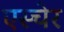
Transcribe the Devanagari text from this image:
एस्चेर